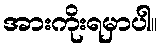
အားကိုးရမှာပါ။